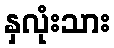
နှလုံးသား